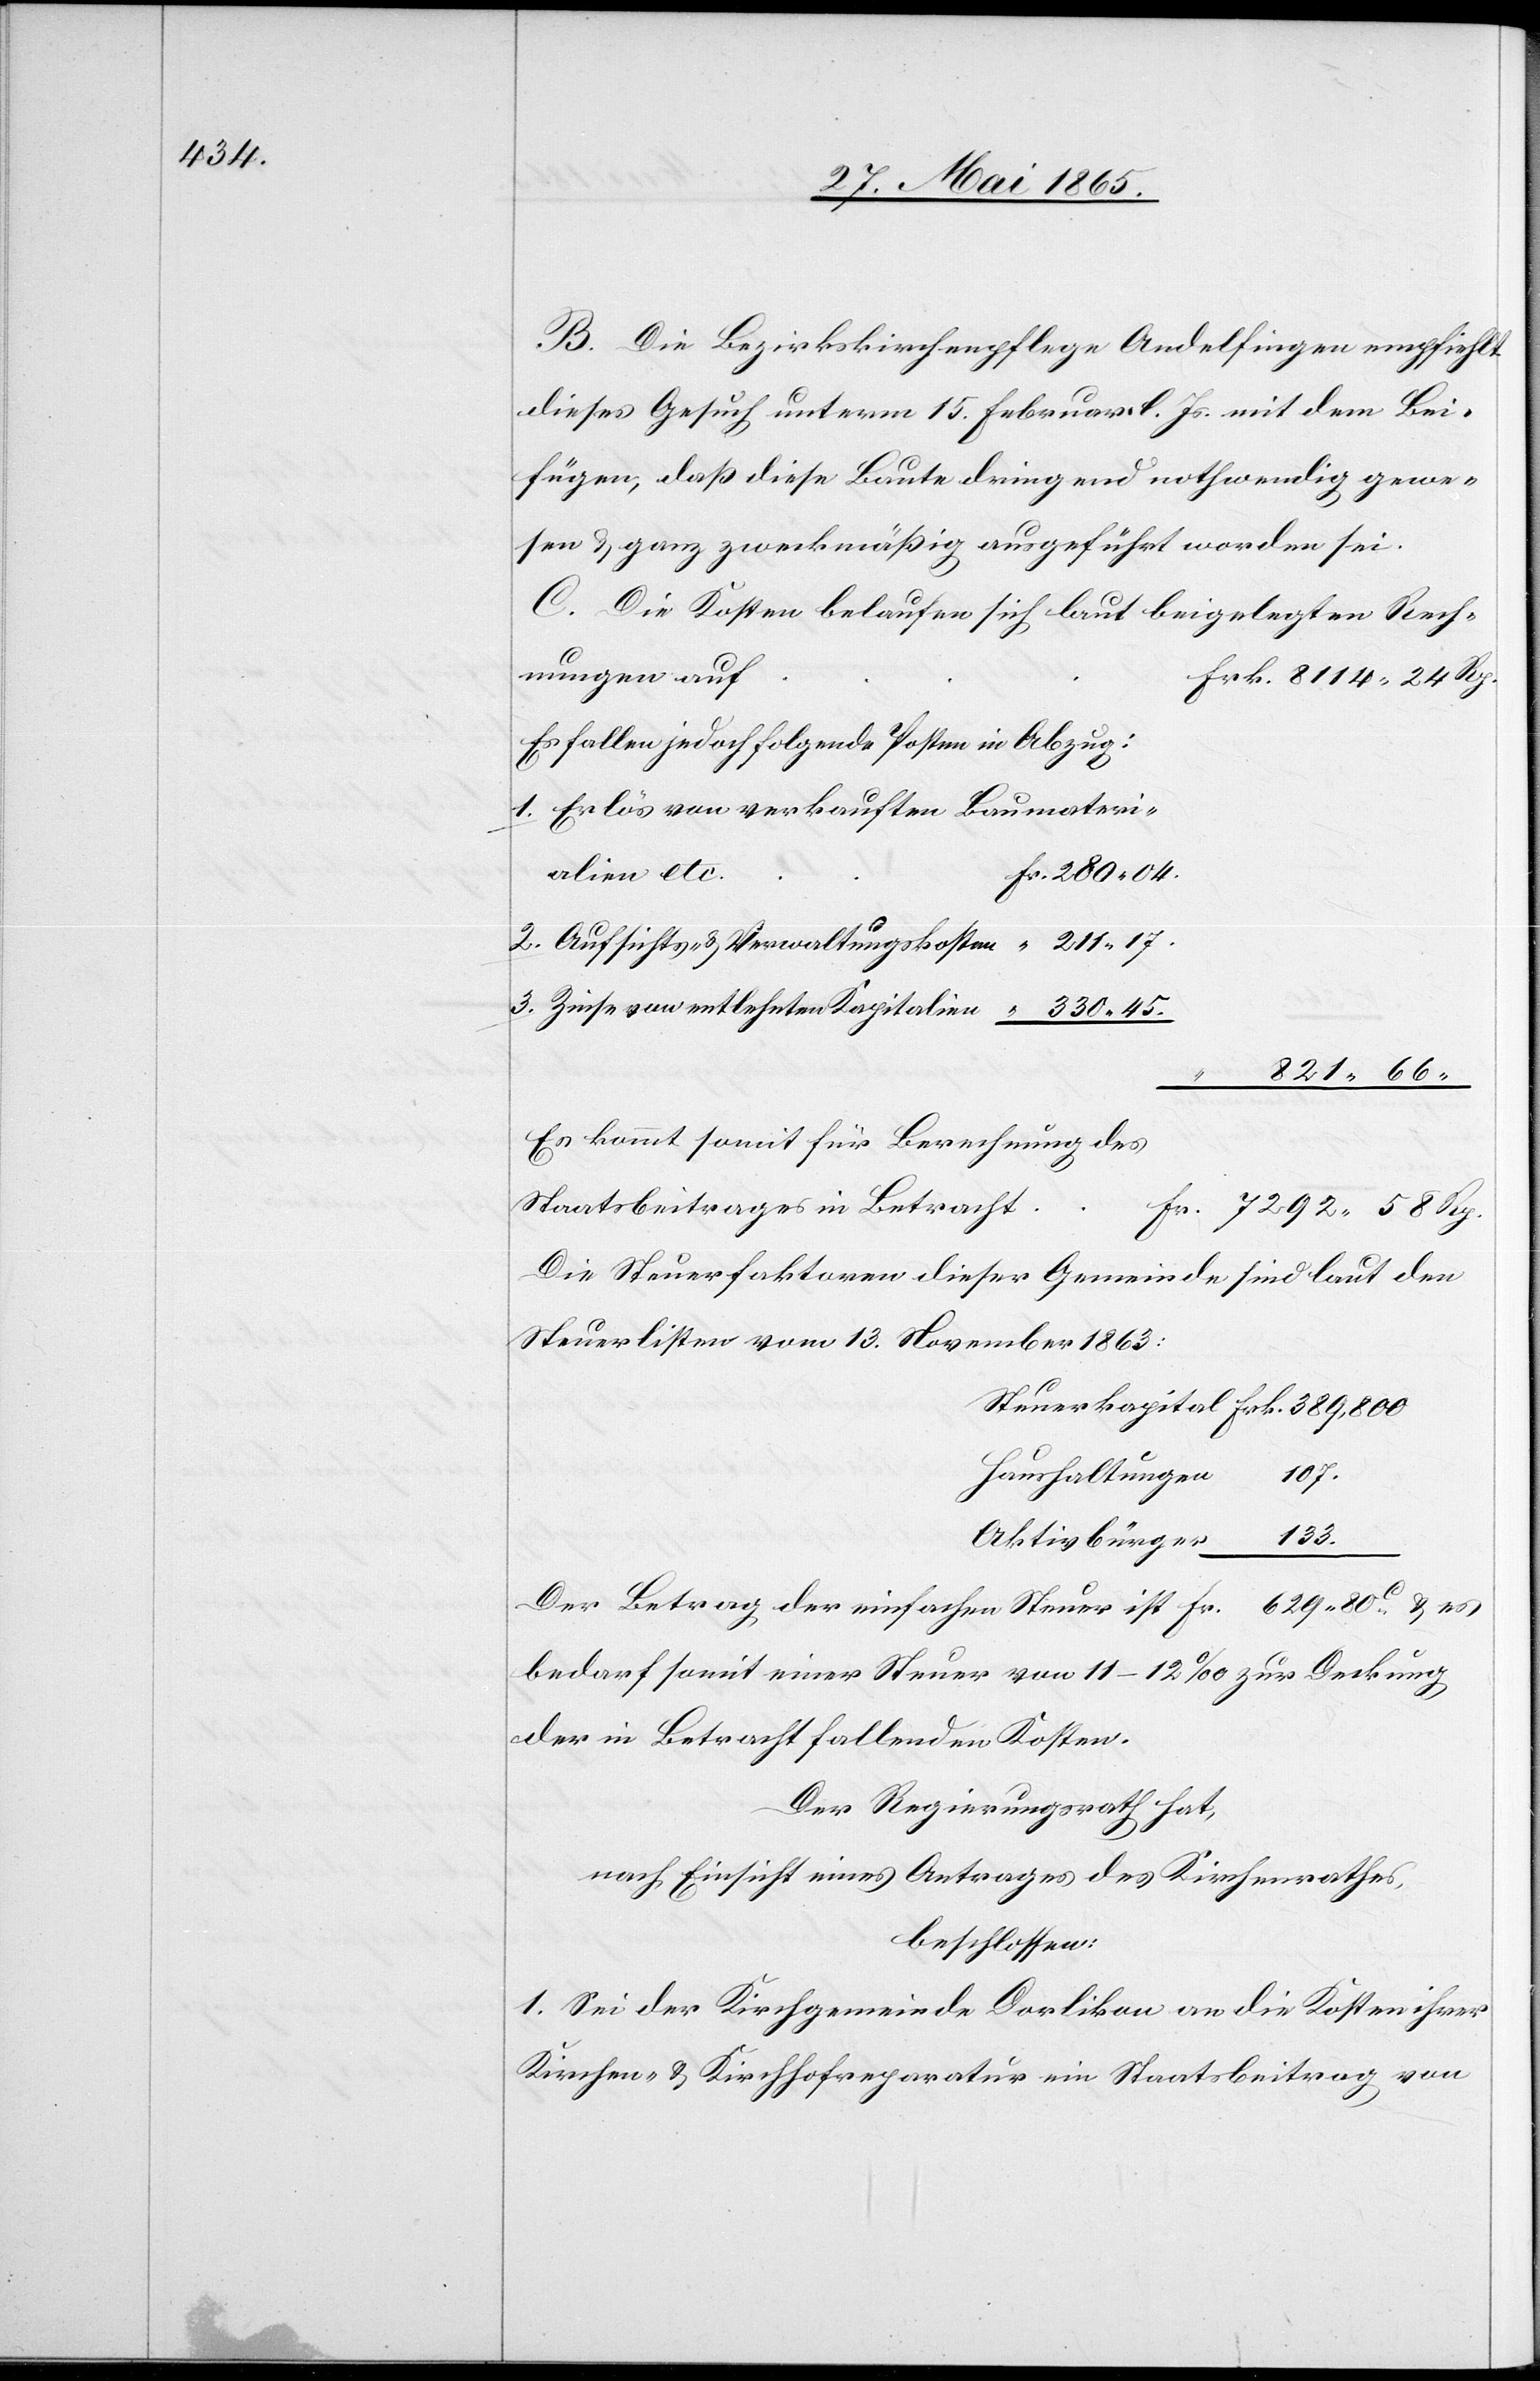
B. Die Bezirkskirchenpflege Andelfingen empfiehlt
dieses Gesuch unterm 15. Februar l. Js. mit dem Bei¬
fügen, daß diese Baute dringend nothwendig gewe¬
sen & ganz zweckmäßig ausgeführt worden sei.
C. Die Kosten belaufen sich laut beigelegten Rech¬
nungen auf
Es fallen jedoch folgende Posten in Abzug:
1. Erlös von verkauften Baumateri¬
alien etc.
2. Aufsichts- & Verwaltungskosten
3. Zinse von entlehnten Kapitalien
“
Es kommt somit für Berechnung des
Fr.
Staatsbeitrages in Betracht
Die Steuerfaktoren dieser Gemeinde sind laut den
Steuerlisten vom 13. November 1863:
Haushaltungen
133.
Aktivbürger
Der Betrag der einfachen Steuer ist
bedarf somit einer Steuer von 11–12 ‰ zur Deckung
der in Betracht fallenden Kosten.
Der Regierungsrath hat,
nach Einsicht eines Antrages des Kirchenrathes,
beschlossen:
1. Sei der Kirchgemeinde Dorlikon an die Kosten ihrer
Kirchen- & Kirchhofreparatur ein Staatsbeitrag von